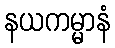
နယကမ္မာနံ